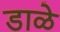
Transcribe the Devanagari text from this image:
डाळे